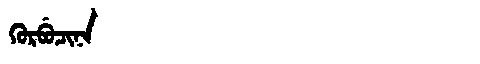
Manchu: ᡴᡠᡵᠪᡠᠴᡳᠨᠠ
Romanization: KURBUCINA